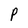
Character: P